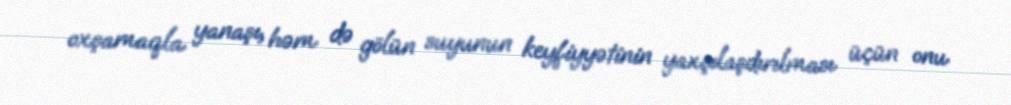
oxşamaqla yanaşı, həm də gölün suyunun keyfiyyətinin yaxşılaşdırılması üçün onu